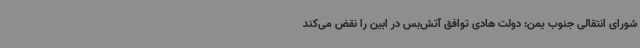
شورای انتقالی جنوب یمن: دولت هادی توافق آتش‌بس در ابین را نقض می‌کند